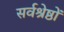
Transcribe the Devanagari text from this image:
सर्वश्रेष्ठों